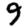
Digit: 9